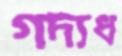
গদ্যধ